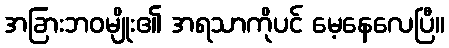
အခြားဘဝမျိုး၏ အရသာကိုပင် မေ့နေလေပြီ။